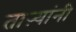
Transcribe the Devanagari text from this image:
ताऱ्यांनी